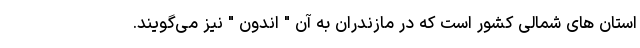
استان های شمالی کشور است که در مازندران به آن " اندون " نیز می‌گویند.